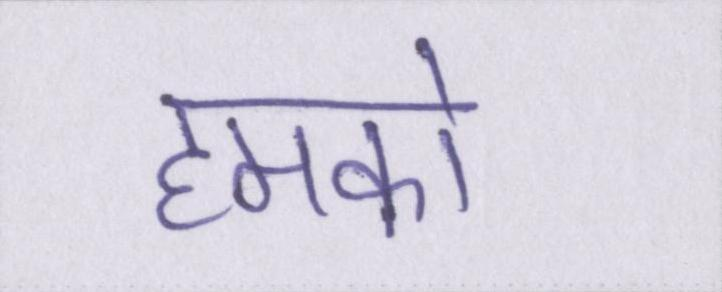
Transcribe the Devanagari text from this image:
हमको